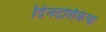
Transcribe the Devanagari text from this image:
दिनदर्शिकेचा